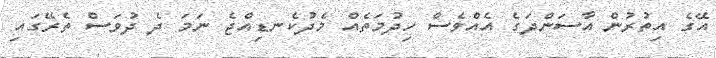
އޭގެ އިތުރުން އާސަންދަގެ އެއްވެސް ހިދުމަތެއް މެދުކެނޑިއްޖެ ނަމަ ދެ ދުވަސް ތެރޭގައި